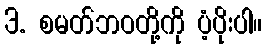
3. စမတ်ဘဝတို့ကို ပံ့ပိုးပါ။